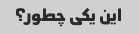
این یکی چطور؟